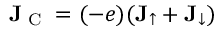
\mathbf { J } _ { \textrm { C } } = ( - e ) ( \mathbf { J } _ { \uparrow } + \mathbf { J } _ { \downarrow } )